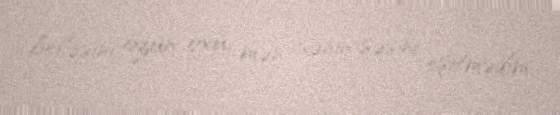
beləsini özün oxu, mən sənin səsini eşitmədim.